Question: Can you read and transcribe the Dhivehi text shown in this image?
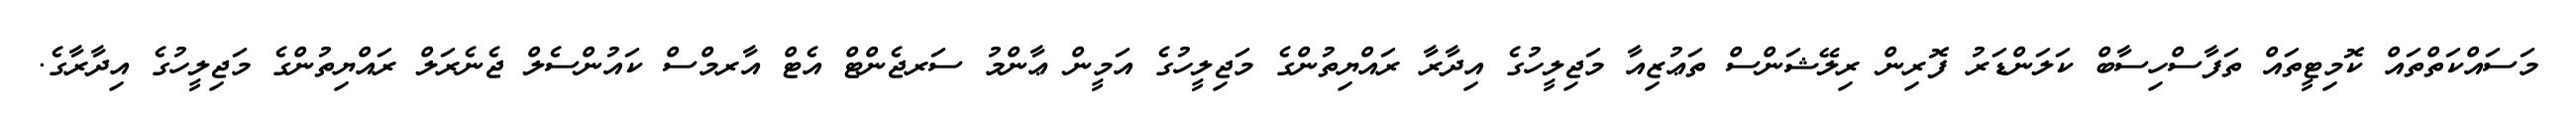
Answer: މަސައްކަތްތައް ކޮމިޓީތައް ތަފާސްހިސާބް ކަލަންޑަރު ފޮރިން ރިލޭޝަންސް ތަޢުޒިއާ މަޖިލީހުގެ އިދާރާ ރައްޔިތުންގެ މަޖިލީހުގެ އަމީން ޢާންމު ސަރޖެންޓް އެޓް އާރމްސް ކައުންސެލް ޖެނެރަލް ރައްޔިތުންގެ މަޖިލީހުގެ އިދާރާގެ.